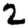
Digit: 2